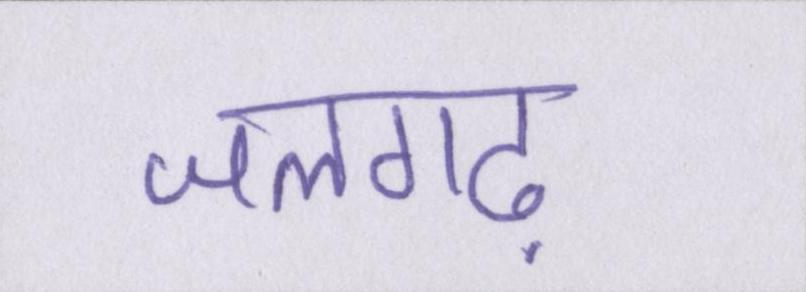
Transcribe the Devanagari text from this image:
जलगढ़